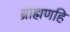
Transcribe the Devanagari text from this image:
ब्राह्मणहि